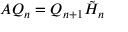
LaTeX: A Q _ { n } = Q _ { n + 1 } { \tilde { H } } _ { n }